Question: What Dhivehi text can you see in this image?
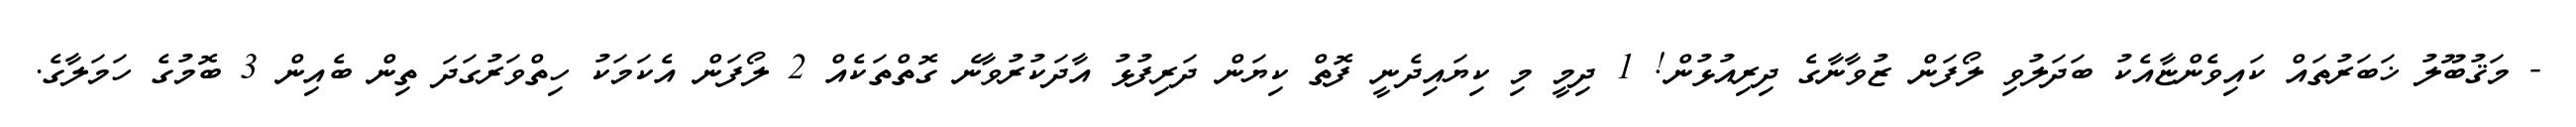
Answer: - މަޤުބޫލު ޚަބަރުތައް ކައިވެންޏާއެކު ބަދަލުވި ލޯފަން ޒުވާނާގެ ދިރިއުޅުން! 1 ދިމީ މި ކިޔައިދެނީ ފޮތް ކިޔަން ދަރިފުޅު އާދަކުރުވާނެ ގޮތްތަކެއް 2 ލޯފަން އެކަމަކު ހިތްވަރުގަދަ ތިން ބެއިން 3 ބޮމުގެ ހަމަލާގެ.